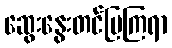
ဆွေးနွေးတင်ပြကြရာ